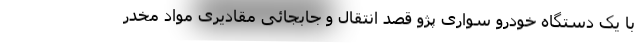
با یک دستگاه خودرو سواری پژو قصد انتقال و جابجائی مقادیری مواد مخدر